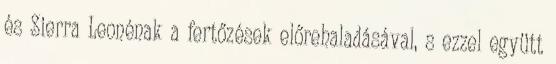
és Sierra Leonénak a fertőzések előrehaladásával, s ezzel együtt